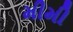
મીમી